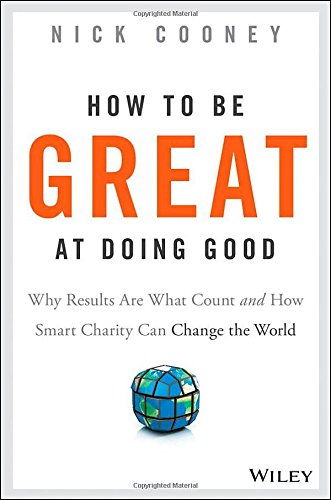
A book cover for How To Be Great At Doing Good: Why Results Are What Count and How Smart Charity Can Change the World; Nick Cooney; Politics & Social Sciences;